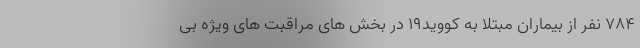
۷۸۴ نفر از بیماران مبتلا به کووید۱۹ در بخش های مراقبت های ویژه بی